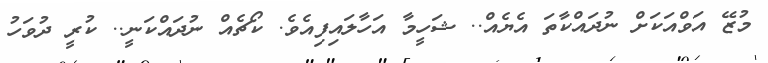
މުޒޭ އަވްއަކަށް ނުދައްކާތަ އެޔެއް.. ޝަހީމާ އަހާލައިފިއެވެ. ކޯޗެއް ނުދައްކަނީ.. ކުރީ ދުވަހު